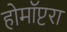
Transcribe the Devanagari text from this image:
होमॉप्टरा